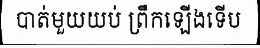
បាត់មួយយប់ ព្រឹកឡើងទើប